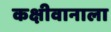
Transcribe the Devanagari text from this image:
कक्षीवानाला